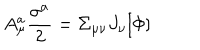
A _ { \mu } ^ { a } \frac { \sigma ^ { a } } { 2 } = \Sigma _ { \mu \nu } J _ { \nu } [ \Phi ]